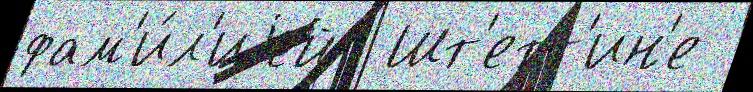
фам'и́л'иjей  Шт'етт'ин'е